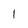
Character: 1